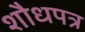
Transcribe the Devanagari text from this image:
शौधपत्र